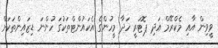
ވީވިން އާއި މެކްރޭމް އަދި ޕޮޓަރީ ހަދާ މީހުންގެ އެކައުންޓްތަކުގަ ހުންނަ ޑިޒައިންތަކަށް